Treatise on elephants
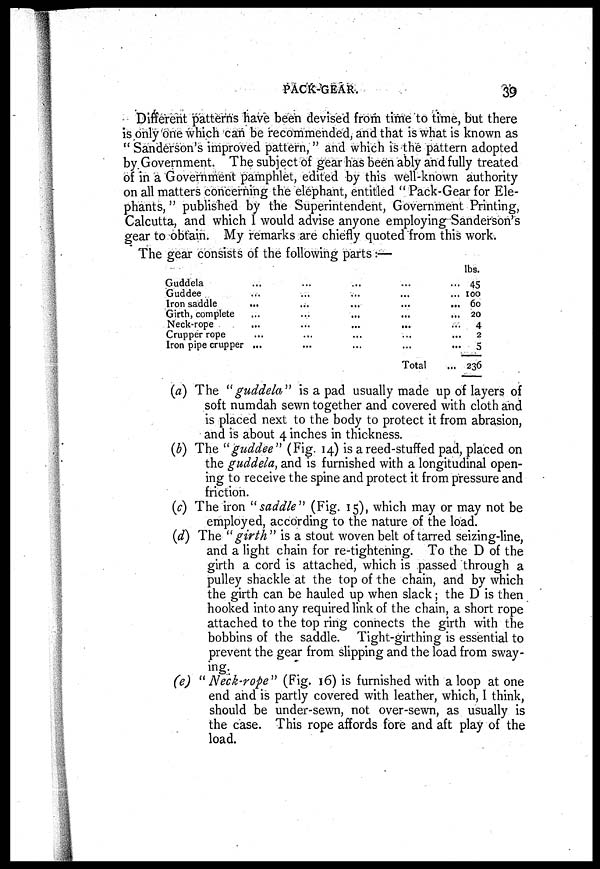
PACK-GEAR.
39
Different patterns have been devised from time to time, but there
is only one which can be recommended, and that is what is known as
" Sanderson's improved pattern, " and which is the pattern adopted
by Government. The subject of gear has been ably and fully treated
of in a Government pamphlet, edited by this well-known authority
on all matters concerning the elephant, entitled " Pack-Gear for Ele-
phants, " published by the Superintendent, Government Printing,
Calcutta, and which I would advise anyone employing-Sanderson's
gear to obtain. My remarks are chiefly quoted from this work.
The gear consists of the following parts:—
Guddela ... ... ... ... ...
Guddee ... ... ... ... ...
Iron saddle ... ... ... ... ...
Girth, complete ... ... ... ... ...
Neck-rope ... ... ... ... ...
Crupper rope ... ... ... ... ...
Iron pipe crupper ... ... ... ... ...
Total ...
lbs.
45
100
60
20
4
2
5
236
(a) The "guddela" is a pad usually made up of layers of
soft numdah sewn together and covered with cloth and
is placed next to the body to protect it from abrasion,
and is about 4 inches in thickness.
(b) The "guddee" (Fig. 14) is a reed-stuffed pad, placed on
the guddela, and is furnished with a longitudinal open-
ing to receive the spine and protect it from pressure and
friction.
(c) The iron "saddle" (Fig. 15), which may or may not be
employed, according to the nature of the load.
(d) The "girth" is a stout woven belt of tarred seizing-line,
and a light chain for re-tightening. To the D of the
girth a cord is attached, which is passed through a
pulley shackle at the top of the chain, and by which
the girth can be hauled up when slack; the D is then
hooked into any required link of the chain, a short rope
attached to the top ring connects the girth with the
bobbins of the saddle. Tight-girthing is essential to
prevent the gear from slipping and the load from sway-
(e) "Neck-rope" (Fig. 16) is furnished with a loop at one
end and is partly covered with leather, which, I think,
should be under-sewn, not over-sewn, as usually is
the case. This rope affords fore and aft play of the
load.